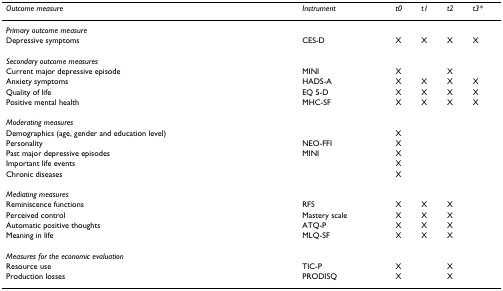
<table><thead><tr><td><b><i>Outcome measure</i></b></td><td><b><i>Instrument</i></b></td><td><b><i>t0</i></b></td><td><b><i>t1</i></b></td><td><b><i>t2</i></b></td><td><b><i>t3*</i></b></td></tr></thead><tbody><tr><td><i>Primary outcome measure</i></td><td></td><td></td><td></td><td></td><td></td></tr><tr><td>Depressive symptoms</td><td>CES-D</td><td>X</td><td>X</td><td>X</td><td>X</td></tr><tr><td><i>Secondary outcome measures</i></td><td></td><td></td><td></td><td></td><td></td></tr><tr><td>Current major depressive episode</td><td>MINI</td><td>X</td><td></td><td>X</td><td></td></tr><tr><td>Anxiety symptoms</td><td>HADS-A</td><td>X</td><td>X</td><td>X</td><td>X</td></tr><tr><td>Quality of life</td><td>EQ 5-D</td><td>X</td><td>X</td><td>X</td><td>X</td></tr><tr><td>Positive mental health</td><td>MHC-SF</td><td>X</td><td>X</td><td>X</td><td>X</td></tr><tr><td><i>Moderating measures</i></td><td></td><td></td><td></td><td></td><td></td></tr><tr><td>Demographics (age, gender and education level)</td><td></td><td>X</td><td></td><td></td><td></td></tr><tr><td>Personality</td><td>NEO-FFI</td><td>X</td><td></td><td></td><td></td></tr><tr><td>Past major depressive episodes</td><td>MINI</td><td>X</td><td></td><td></td><td></td></tr><tr><td>Important life events</td><td></td><td>X</td><td></td><td></td><td></td></tr><tr><td>Chronic diseases</td><td></td><td>X</td><td></td><td></td><td></td></tr><tr><td><i>Mediating measures</i></td><td></td><td></td><td></td><td></td><td></td></tr><tr><td>Reminiscence functions</td><td>RFS</td><td>X</td><td>X</td><td>X</td><td></td></tr><tr><td>Perceived control</td><td>Mastery scale</td><td>X</td><td>X</td><td>X</td><td></td></tr><tr><td>Automatic positive thoughts</td><td>ATQ-P</td><td>X</td><td>X</td><td>X</td><td></td></tr><tr><td>Meaning in life</td><td>MLQ-SF</td><td>X</td><td>X</td><td>X</td><td></td></tr><tr><td><i>Measures for the economic evaluation</i></td><td></td><td></td><td></td><td></td><td></td></tr><tr><td>Resource use</td><td>TIC-P</td><td>X</td><td></td><td>X</td><td></td></tr><tr><td>Production losses</td><td>PRODISQ</td><td>X</td><td></td><td>X</td><td></td></tr></tbody></table>